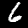
Label: 6